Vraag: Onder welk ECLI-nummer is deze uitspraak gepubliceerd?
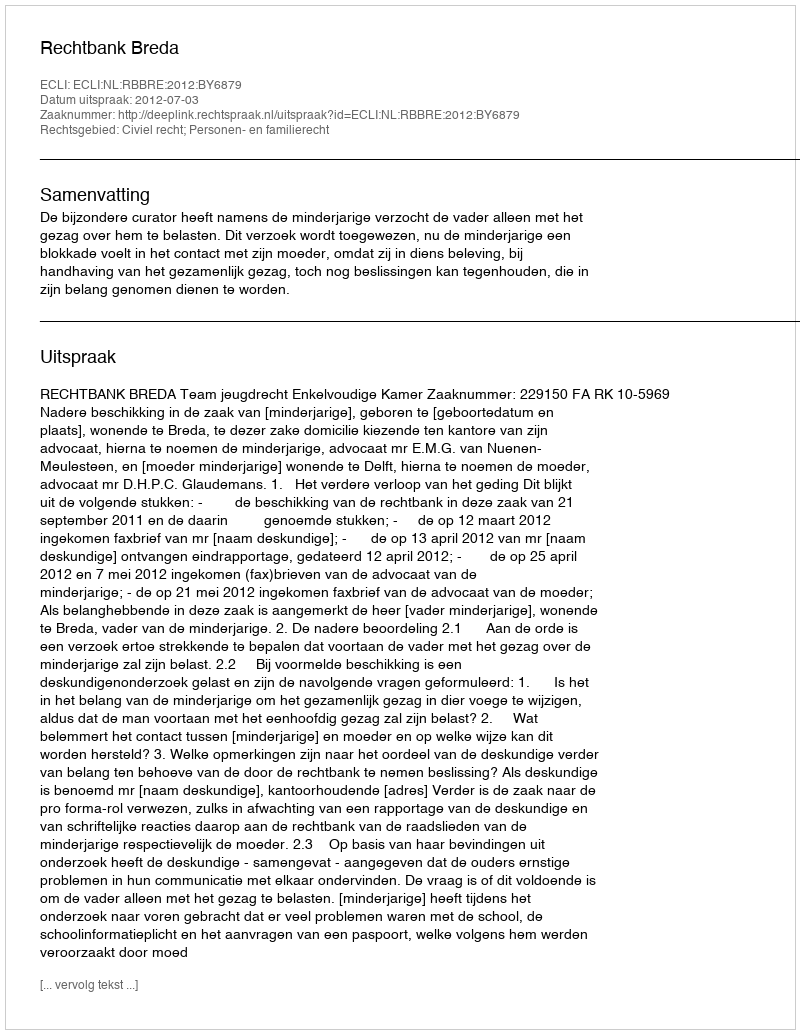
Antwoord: ECLI:NL:RBBRE:2012:BY6879